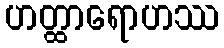
ဟတ္ထာရောဟဿ